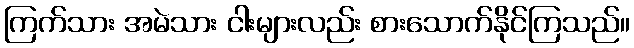
ကြက်သား အမဲသား ငါးများလည်း စားသောက်နိုင်ကြသည်။